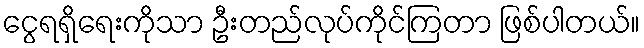
ငွေရရှိရေးကိုသာ ဦးတည်လုပ်ကိုင်ကြတာ ဖြစ်ပါတယ်။